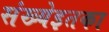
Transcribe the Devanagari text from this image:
संख्येइतका